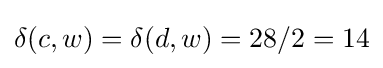
\delta (c,w)=\delta (d,w)=28/2=14